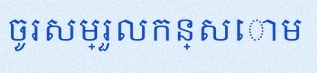
ចូរសម្រួលកន្សោម